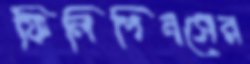
ফিলিপিনসের